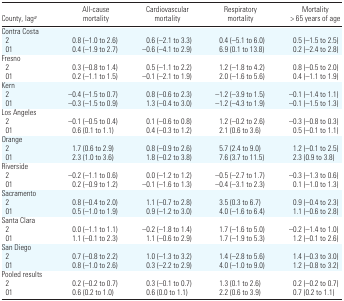
<table><thead><tr><td><b>County, laga</b></td><td><b>All-cause mortality</b></td><td><b>Cardiovascular mortality</b></td><td><b>Respiratory mortality</b></td><td><b>Mortality &gt; 65 years of age</b></td></tr></thead><tbody><tr><td colspan="5">Contra Costa</td></tr><tr><td> 2</td><td>0.8 (−1.0 to 2.6)</td><td>0.6 (−2.1 to 3.3)</td><td>0.4 (−5.1 to 6.0)</td><td>0.5 (−1.5 to 2.5)</td></tr><tr><td> 01</td><td>0.4 (−1.9 to 2.7)</td><td>−0.6 (−4.1 to 2.9)</td><td>6.9 (0.1 to 13.8)</td><td>0.2 (−2.4 to 2.8)</td></tr><tr><td colspan="5">Fresno</td></tr><tr><td> 2</td><td>0.3 (−0.8 to 1.4)</td><td>0.5 (−1.1 to 2.2)</td><td>1.2 (−1.8 to 4.2)</td><td>0.8 (−0.5 to 2.0)</td></tr><tr><td> 01</td><td>0.2 (−1.1 to 1.5)</td><td>−0.1 (−2.1 to 1.9)</td><td>2.0 (−1.6 to 5.6)</td><td>0.4 (−1.1 to 1.9)</td></tr><tr><td colspan="5">Kern</td></tr><tr><td> 2</td><td>−0.4 (−1.5 to 0.7)</td><td>0.8 (−0.6 to 2.3)</td><td>−1.2 (−3.9 to 1.5)</td><td>−0.1 (−1.4 to 1.1)</td></tr><tr><td> 01</td><td>−0.3 (−1.5 to 0.9)</td><td>1.3 (−0.4 to 3.0)</td><td>−1.2 (−4.3 to 1.9)</td><td>−0.1 (−1.5 to 1.3)</td></tr><tr><td colspan="5">Los Angeles</td></tr><tr><td> 2</td><td>−0.1 (−0.5 to 0.4)</td><td>0.1 (−0.6 to 0.8)</td><td>1.2 (−0.2 to 2.6)</td><td>−0.3 (−0.8 to 0.3)</td></tr><tr><td> 01</td><td>0.6 (0.1 to 1.1)</td><td>0.4 (−0.3 to 1.2)</td><td>2.1 (0.6 to 3.6)</td><td>0.5 (−0.1 to 1.1)</td></tr><tr><td colspan="5">Orange</td></tr><tr><td> 2</td><td>1.7 (0.6 to 2.9)</td><td>0.8 (−0.9 to 2.6)</td><td>5.7 (2.4 to 9.0)</td><td>1.2 (−0.1 to 2.5)</td></tr><tr><td> 01</td><td>2.3 (1.0 to 3.6)</td><td>1.8 (−0.2 to 3.8)</td><td>7.6 (3.7 to 11.5)</td><td>2.3 (0.9 to 3.8)</td></tr><tr><td colspan="5">Riverside</td></tr><tr><td> 2</td><td>−0.2 (−1.1 to 0.6)</td><td>0.0 (−1.2 to 1.2)</td><td>−0.5 (−2.7 to 1.7)</td><td>−0.3 (−1.3 to 0.6)</td></tr><tr><td> 01</td><td>0.2 (−0.9 to 1.2)</td><td>−0.1 (−1.6 to 1.3)</td><td>−0.4 (−3.1 to 2.3)</td><td>0.1 (−1.0 to 1.3)</td></tr><tr><td colspan="5">Sacramento</td></tr><tr><td> 2</td><td>0.8 (−0.4 to 2.0)</td><td>1.1 (−0.7 to 2.8)</td><td>3.5 (0.3 to 6.7)</td><td>0.9 (−0.4 to 2.3)</td></tr><tr><td> 01</td><td>0.5 (−1.0 to 1.9)</td><td>0.9 (−1.2 to 3.0)</td><td>4.0 (−1.6 to 6.4)</td><td>1.1 (−0.6 to 2.8)</td></tr><tr><td colspan="5">Santa Clara</td></tr><tr><td> 2</td><td>0.0 (−1.1 to 1.1)</td><td>−0.2 (−1.8 to 1.4)</td><td>1.7 (−1.6 to 5.0)</td><td>−0.2 (−1.4 to 1.0)</td></tr><tr><td> 01</td><td>1.1 (−0.1 to 2.3)</td><td>1.1 (−0.6 to 2.9)</td><td>1.7 (−1.9 to 5.3)</td><td>1.2 (−0.1 to 2.6)</td></tr><tr><td colspan="5">San Diego</td></tr><tr><td> 2</td><td>0.7 (−0.8 to 2.2)</td><td>1.0 (−1.3 to 3.2)</td><td>1.4 (−2.8 to 5.6)</td><td>1.4 (−0.3 to 3.0)</td></tr><tr><td> 01</td><td>0.8 (−1.0 to 2.6)</td><td>0.3 (−2.2 to 2.9)</td><td>4.0 (−1.0 to 9.0)</td><td>1.2 (−0.8 to 3.2)</td></tr><tr><td colspan="5">Pooled results</td></tr><tr><td> 2</td><td>0.2 (−0.2 to 0.7)</td><td>0.3 (−0.1 to 0.7)</td><td>1.3 (0.1 to 2.6)</td><td>0.2 (−0.2 to 0.7)</td></tr><tr><td> 01</td><td>0.6 (0.2 to 1.0)</td><td>0.6 (0.0 to 1.1)</td><td>2.2 (0.6 to 3.9)</td><td>0.7 (0.2 to 1.1)</td></tr></tbody></table>